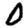
Digit: 0